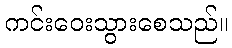
ကင်းဝေးသွားစေသည်။